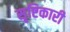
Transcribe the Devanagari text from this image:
सृष्टिकारी